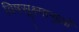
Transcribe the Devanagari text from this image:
विषसूक्ष्माणुओं